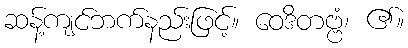
ဆန့်ကျင်ဘက်နည်းဖြင့်။ ဝေဒိတဗ္ဗံ၊ ၏။